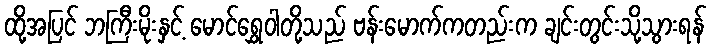
ထို့အပြင် ဘကြီးမိုးနှင့် မောင်ရွှေဝါတို့သည် ဗန်းမောက်ကတည်းက ချင်းတွင်းသို့သွားရန်